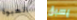
العبوة يسبق